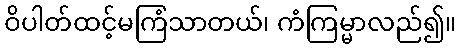
ဝိပါတ်ထင့်မကြံသာတယ်၊ ကံကြမ္မာလည်၍။